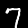
Label: 7